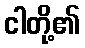
ငါတို့၏